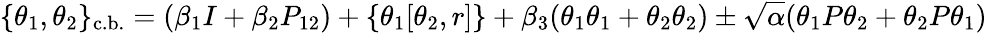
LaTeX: \{ \theta_{1},\theta_{2}\} _{\mathrm{c.b.}}=(\beta_{1}I+\beta_{2}P_{12})+\{ \theta_{1}[\theta_{2},r]\} +\beta_{3}(\theta_{1}\theta_{1}+\theta_{2}\theta_{2})\pm\sqrt{\alpha}(\theta_{1}P\theta_{2}+\theta_{2}P\theta_{1})